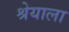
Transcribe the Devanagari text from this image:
श्रेयाला